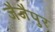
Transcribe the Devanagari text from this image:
जैजैपुर